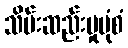
သိမ်းဆည်းမှုပုံစံ